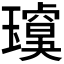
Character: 𱯶